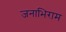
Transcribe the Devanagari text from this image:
जनाभिराम